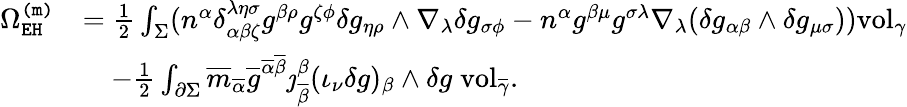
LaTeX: \begin{array}{rl}{\Omega_{\mathtt{EH}}^{\mathtt{(m)}}}&{=\frac{1}{2}\int_{\Sigma}(n^{\alpha}\delta_{\alpha\beta\zeta}^{\lambda\eta\sigma}g^{\beta\rho}g^{\zeta\phi}\delta g_{\eta\rho}\wedge\nabla_{\lambda}\delta g_{\sigma\phi}-n^{\alpha}g^{\beta\mu}g^{\sigma\lambda}\nabla_{\lambda}(\delta g_{\alpha\beta}\wedge\delta g_{\mu\sigma}))\mathrm{vol}_{\gamma}}\\ &{\quad-\frac{1}{2}\int_{\partial\Sigma}\overline{{m}}_{\overline{{\alpha}}}\overline{{g}}^{\overline{{\alpha}}\overline{{\beta}}}\jmath_{\overline{{\beta}}}^{\beta}(\iota_{\nu}\delta g)_{\beta}\wedge\delta g\; \mathrm{vol}_{\overline{{\gamma}}}.}\end{array}